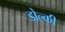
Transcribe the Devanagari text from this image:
डोल्की